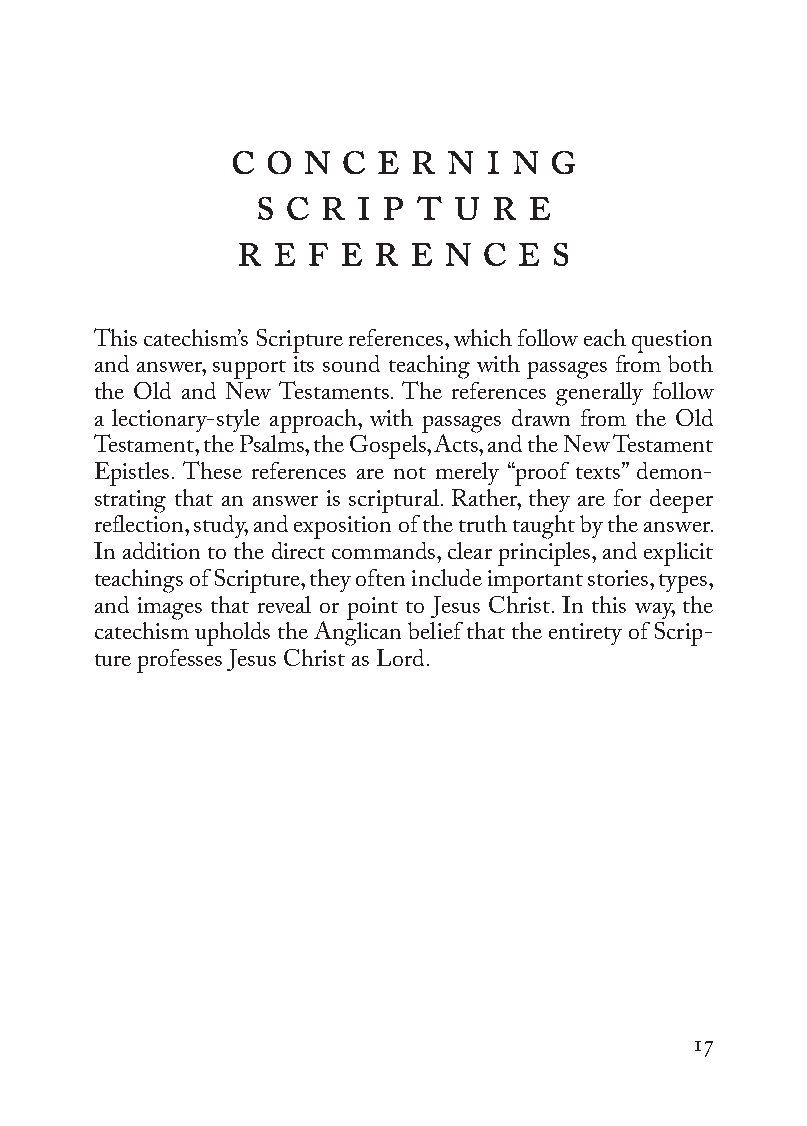
c o n  c e r  n i n  g
 s c r  i p t u  r e
 r e  f e r e  n c e  s
 This catechism’s Scripture references, which follow each question
 and answer, support its sound teaching with passages from both
 the Old and New Testaments. The references generally follow
 a lectionary-style approach, with passages drawn from the Old
 Testament, the Psalms, the Gospels, Acts, and the New Testament
 Epistles. These references are not merely “proof texts” demon-
 strating that an answer is scriptural. Rather, they are for deeper
 reflection, study, and exposition of the truth taught by the answer.
 In addition to the direct commands, clear principles, and explicit
 teachings of Scripture, they often include important stories, types,
 and images that reveal or point to Jesus Christ. In this way, the
 catechism upholds the Anglican belief that the entirety of Scrip-
 ture professes Jesus Christ as Lord.
 17
 To be a Christian.566776.int.indd 17        11/13/19 1:31 PM